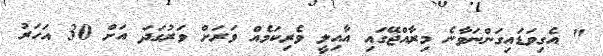
" އެގިވަޑައިގަންނަވާނެ މިރާއްޖޭގައި އާއިލީ ވެރިކަމެއް ވަރަށް ވަރުގަދަ އަށް 30 އަހަރު